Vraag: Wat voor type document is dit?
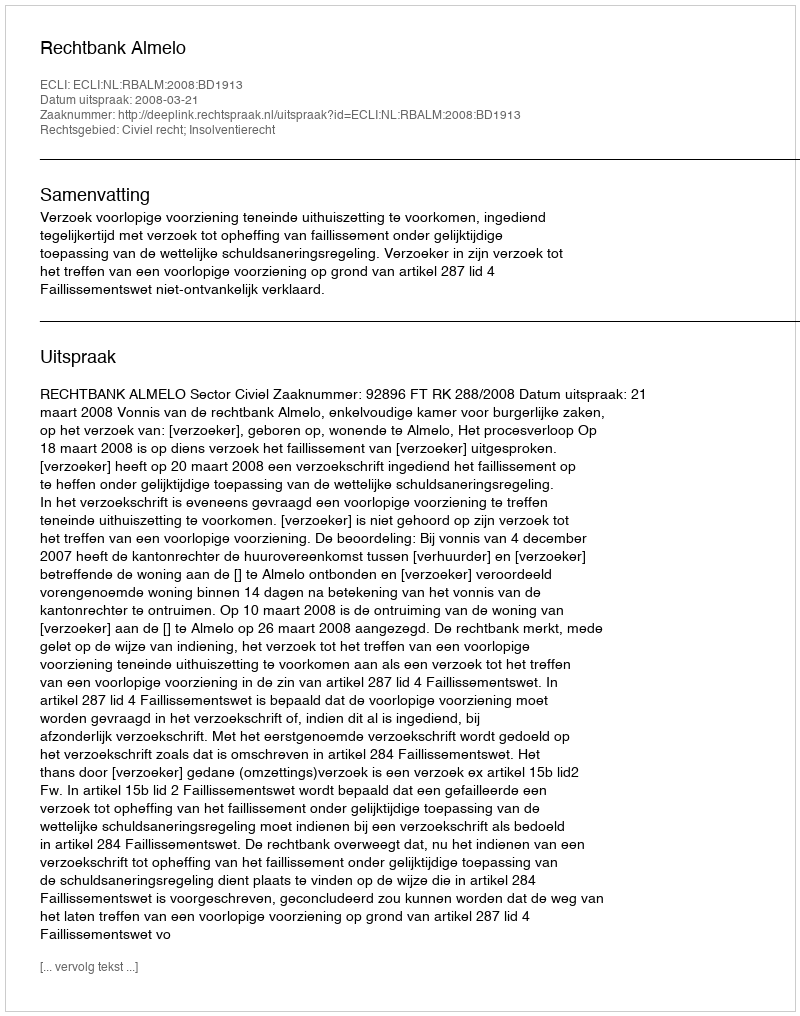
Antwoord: Uitspraak